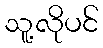
သူ့လိုပင်